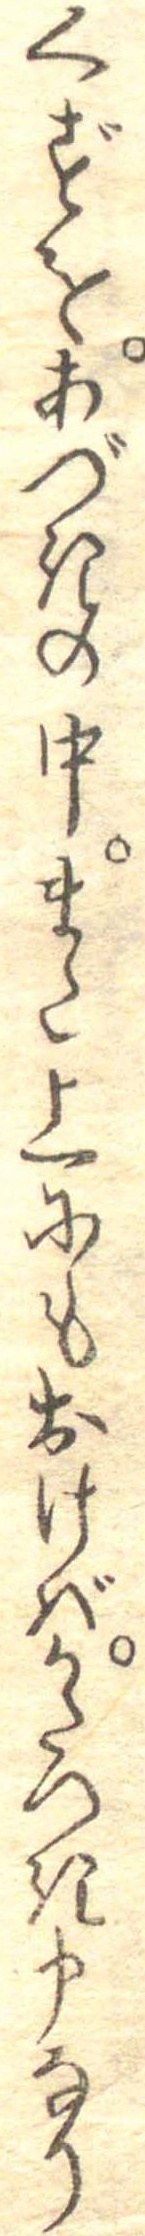
くずをあづきの中また上にもおけばかたつき申なり